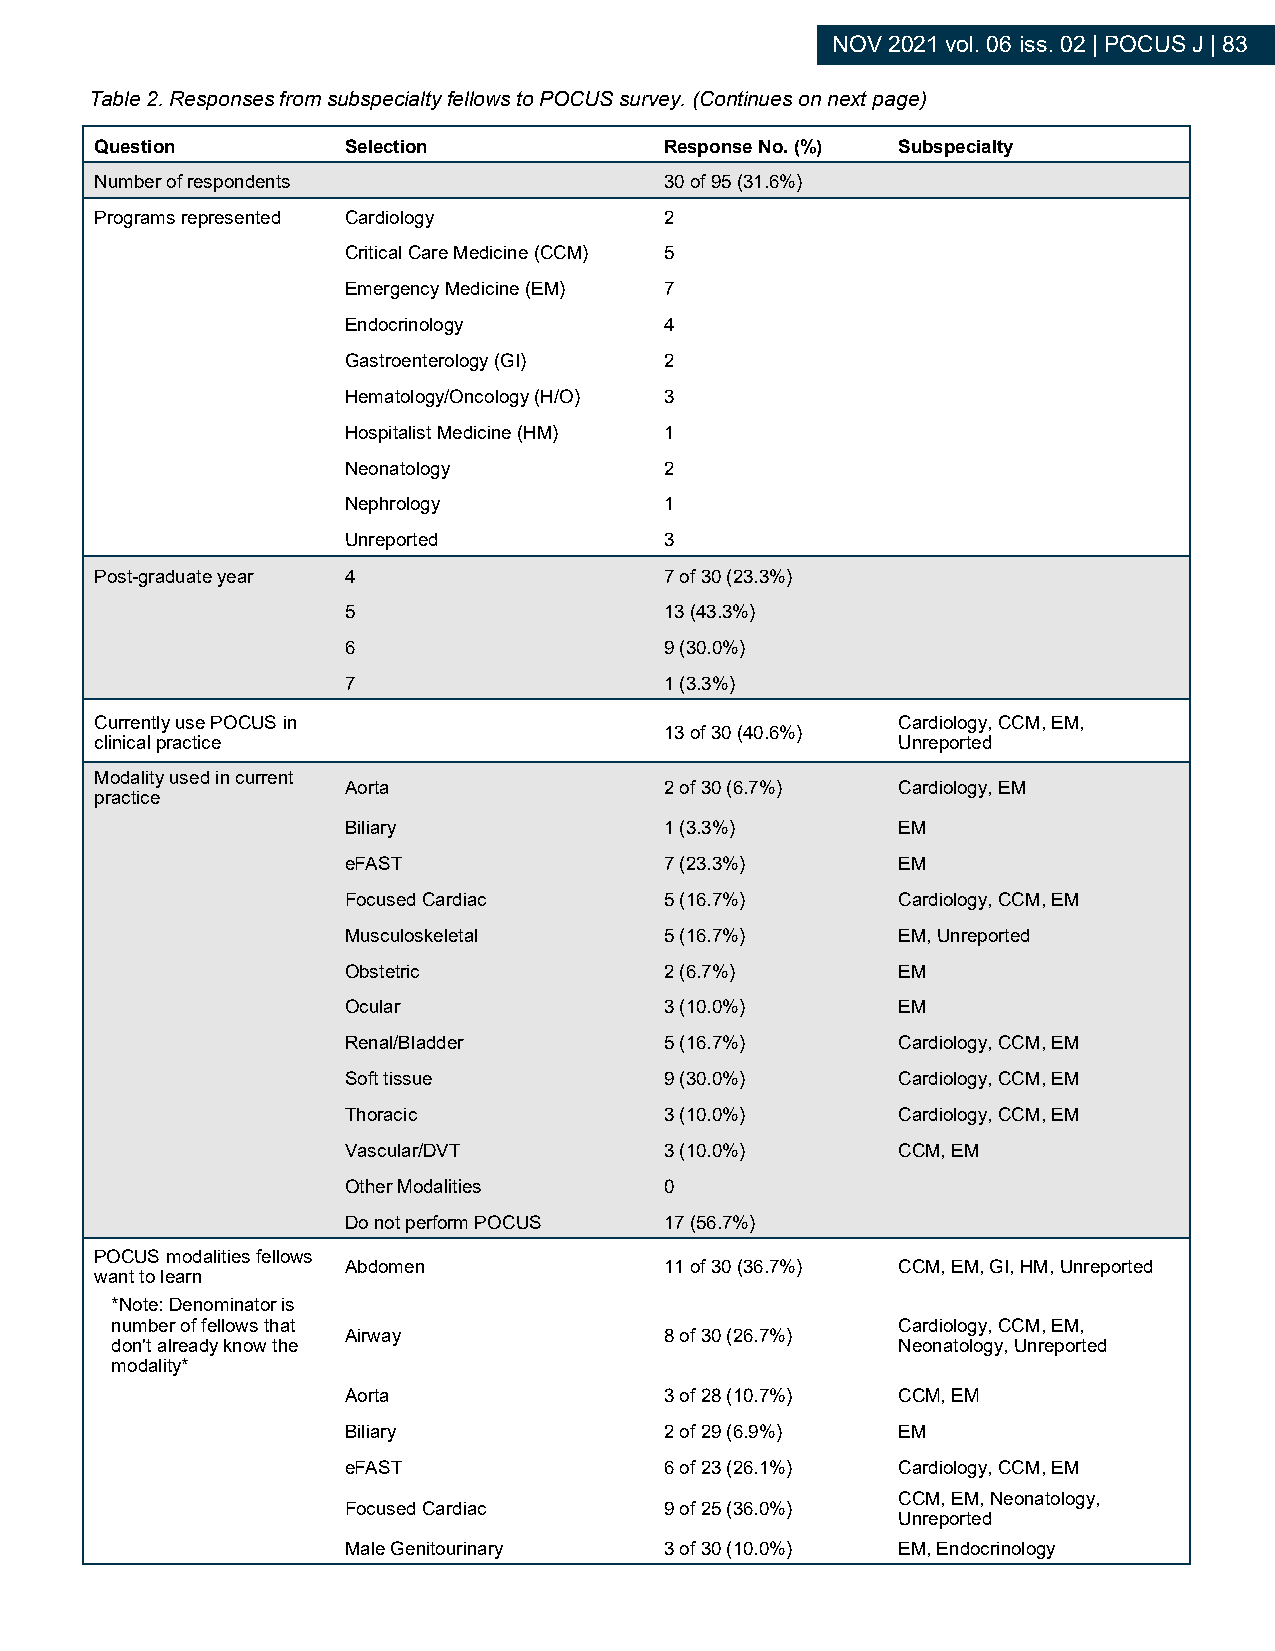
NOV 2021 vol. 06 iss. 02 | POCUS J | 83
 Table 2. Responses from subspecialty fellows to POCUS survey. (Continues on next page)
 Question         Selection            Response No. (%) Subspecialty
 Number of respondents                 30 of 95 (31.6%)
 Programs represented Cardiology       2
 Critical Care Medicine (CCM) 5
 Emergency Medicine (EM) 7
 Endocrinology        4
 Gastroenterology (GI) 2
 Hematology/Oncology (H/O) 3
 Hospitalist Medicine (HM) 1
 Neonatology          2
 Nephrology           1
 Unreported           3
 Post-graduate year 4                  7 of 30 (23.3%)
 5                    13 (43.3%)
 6                    9 (30.0%)
 7                    1 (3.3%)
 Currently use POCUS in                               Cardiology, CCM, EM,
 13 of 30 (40.6%)
 clinical practice                                    Unreported
 Modality used in current
 Aorta                2 of 30 (6.7%) Cardiology, EM
 practice
 Biliary              1 (3.3%)       EM
 eFAST                7 (23.3%)      EM
 Focused Cardiac      5 (16.7%)      Cardiology, CCM, EM
 Musculoskeletal      5 (16.7%)      EM, Unreported
 Obstetric            2 (6.7%)       EM
 Ocular               3 (10.0%)      EM
 Renal/Bladder        5 (16.7%)      Cardiology, CCM, EM
 Soft tissue          9 (30.0%)      Cardiology, CCM, EM
 Thoracic             3 (10.0%)      Cardiology, CCM, EM
 Vascular/DVT         3 (10.0%)      CCM, EM
 Other Modalities     0
 Do not perform POCUS 17 (56.7%)
 POCUS modalities fellows
 Abdomen              11 of 30 (36.7%) CCM, EM, GI, HM, Unreported
 want to learn
 *Note: Denominator is
 number of fellows that                              Cardiology, CCM, EM,
 Airway               8 of 30 (26.7%)
 don't already know the                              Neonatology, Unreported
 modality*
 Aorta                3 of 28 (10.7%) CCM, EM
 Biliary              2 of 29 (6.9%) EM
 eFAST                6 of 23 (26.1%) Cardiology, CCM, EM
 CCM, EM, Neonatology,
 Focused Cardiac      9 of 25 (36.0%)
 Unreported
 Male Genitourinary   3 of 30 (10.0%) EM, Endocrinology